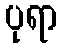
ပုရာ